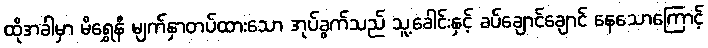
ထိုအခါမှာ မိရွှေနီ မျက်နှာတပ်ထားသော အုပ်ခွက်သည် သူ့ခေါင်းနှင့် ခပ်ချောင်ချောင် နေသောကြောင့်